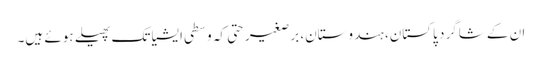
ان کے شاگرد پاکستان، ہندوستان، برصغیر حتی کہ وسطی ایشیا تک پھیلے ہوئے ہیں۔